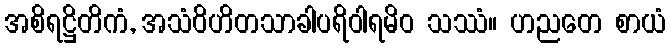
အစိရဋ္ဌိတိကံ, အသံဝိဟိတသာခါပရိဝါရမိဝ သဿံ။ ဟညတေ စာယံ